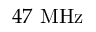
4 7 ~ \mathrm { M H z }